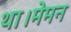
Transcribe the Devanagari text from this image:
था।मेमन